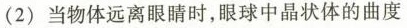
(2)当物体远离眼睛时，眼球中晶状体的曲度